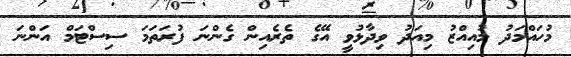
މުހައްމަދު މުއިއްޒު މިއަދު ވިދާޅުވީ އޭގެ ތެރެއިން ގެންނަ ފުރަތަމަ ސިސްޓަމް އަންނަ